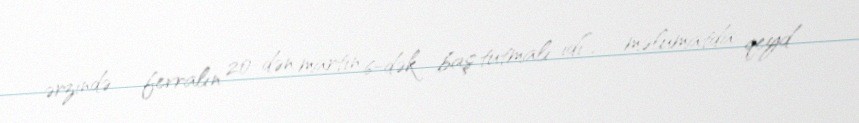
ərzində - fevralın 20-dən martın 6-dək baş tutmalı idi”, - məlumatda qeyd